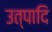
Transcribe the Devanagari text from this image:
उत्पादि